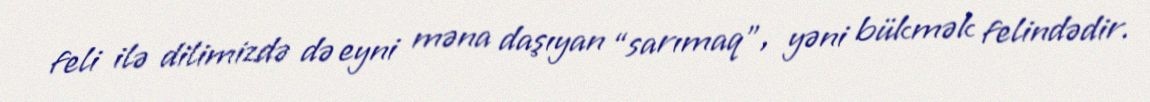
feli ilə dilimizdə də eyni məna daşıyan “sarımaq”, yəni bükmək felindədir.